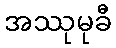
အဿုမုခီ